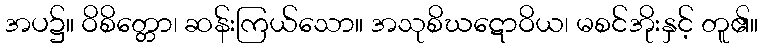
အပ၌။ ဝိစိတ္တော၊ ဆန်းကြယ်သော။ အသုစိဃဋောဝိယ၊ မစင်အိုးနှင့် တူ၏။